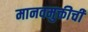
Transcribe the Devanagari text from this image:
मानवमुक्तीची